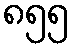
၈၅၅